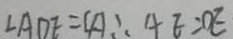
\angle A D E = 4 1 \therefore 4 E = O E